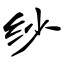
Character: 纱